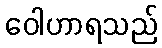
ဝေါဟာရသည်